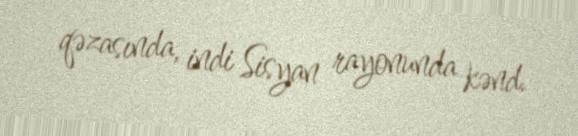
qəzasında, indi Sisyan rayonunda kənd.